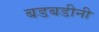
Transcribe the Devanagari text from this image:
बडबडीनी